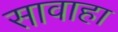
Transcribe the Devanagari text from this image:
सावाहा